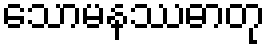
သောမနဿဓာတု